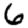
Digit: 6